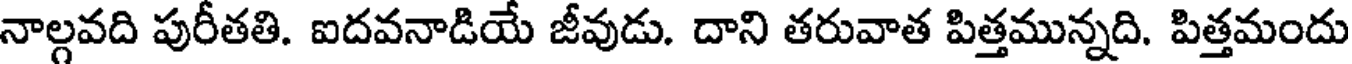
నాల్గవది పురీతతి. ఐదవనాడియే జీవుడు. దాని తరువాత పిత్తమున్నది. పిత్తమందు